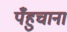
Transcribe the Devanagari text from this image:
पँहुचाना